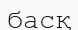
басқ